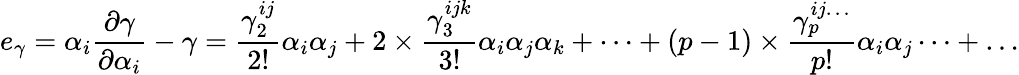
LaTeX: e_{\gamma}=\alpha_{i}\frac{\partial\gamma}{\partial\alpha_{i}}-\gamma=\frac{\gamma_{2}^{ij}}{2!}\alpha_{i}\alpha_{j}+2\times\frac{\gamma_{3}^{ijk}}{3!}\alpha_{i}\alpha_{j}\alpha_{k}+\dots+(p-1)\times\frac{\gamma_{p}^{ij\dots}}{p!}\alpha_{i}\alpha_{j}\dots+\dots